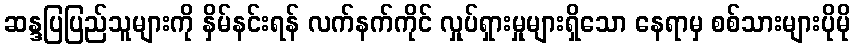
ဆန္ဒပြပြည်သူများကို နှိမ်နင်းရန် လက်နက်ကိုင် လှုပ်ရှားမှုများရှိသော နေရာမှ စစ်သားများပိုမို